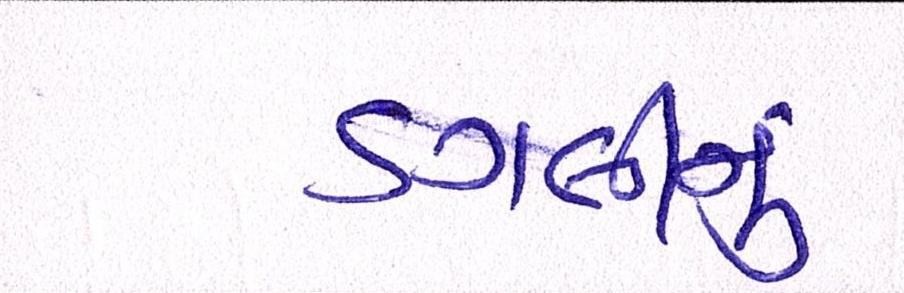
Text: ડગલીનું